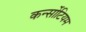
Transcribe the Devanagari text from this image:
कर्न्सोटियम